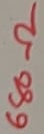
Text: 680Ω